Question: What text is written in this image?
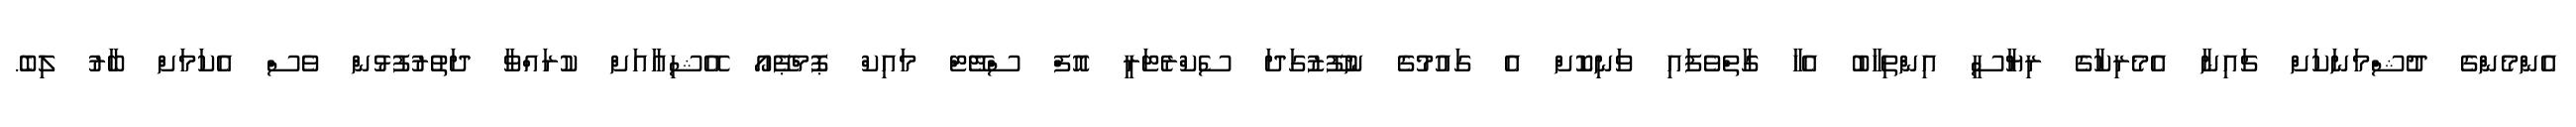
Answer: އެންމެންގެ ދުޝްމަނަކަށް ޗައިނާ އެމެރިކާގެ ރިޔާސީ އިންތިހާބު އެހާ ގާތްވެފައި ވަނިކޮށް އެ ގައުމުގެ ނުފޫޒުގަދަ ސެކްރެޓަރީ އޮފް ސްޓޭޓް މައިކް ޕޮމްޕޭއޯ އޭޝިއާއަށް ކުރައްވާ ދަތުރުފުޅުން ވެސް އެކަމަށް ބާރު ލިބެ.